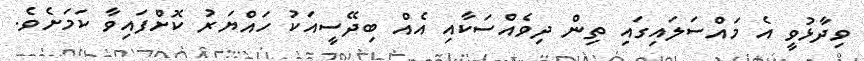
ވިދާޅުވީ އެ މައްސަލައިގައި ތިން ދިވެެއްސަކާއި އެއް ބިދޭސީއަކު ހައްޔަރު ކޮށްފައިވާ ކަމަށެވެ.